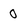
Character: 0